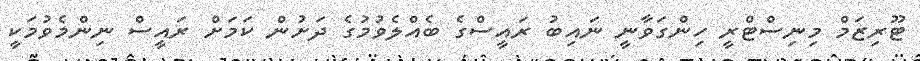
ޓޫރިޒަމް މިނިސްޓްރީ ހިންގަވާނީ ނައިބު ރައީސްގެ ބެއްލެވުމުގެ ދަށުން ކަމަށް ރައީސް ނިންމެވުމަކީ